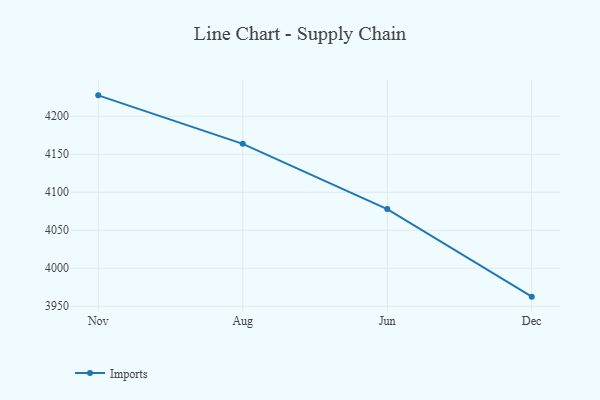
{"axis": {"x": "Month", "y": "Demand Index"}, "legend": ["Imports"], "data": [{"x": "Nov", "y": 4227.5, "type": "Imports"}, {"x": "Aug", "y": 4163.7, "type": "Imports"}, {"x": "Jun", "y": 4077.8, "type": "Imports"}, {"x": "Dec", "y": 3962.6, "type": "Imports"}]}